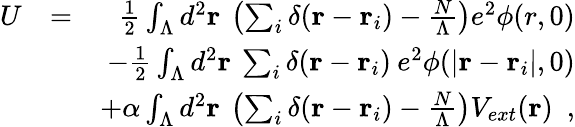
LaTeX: \begin{array}{rlr}{U}&{=}&{\frac{1}{2}\int_{\Lambda}d^{2}{\mathbf r}\: \left(\sum_{i}\delta({\mathbf r}-{\mathbf r}_{i})-\frac{N}{\Lambda}\right)e^{2}\phi(r,0)}\\ &{}&{\mathrm-\frac{1}{2}\int_{\Lambda}d^{2}{\mathbf r}\: \sum_{i}\delta({\mathbf r}-{\mathbf r}_{i})\: e^{2}\phi(|{\mathbf r}-{\mathbf r}_{i}|,0)}\\ &{}&{\mathrm+\alpha\int_{\Lambda}d^{2}{\mathbf r}\: \left(\sum_{i}\delta({\mathbf r}-{\mathbf r}_{i})-\frac{N}{\Lambda}\right)V_{ext}({\mathbf r})~~,}\end{array}